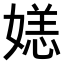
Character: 𫱛